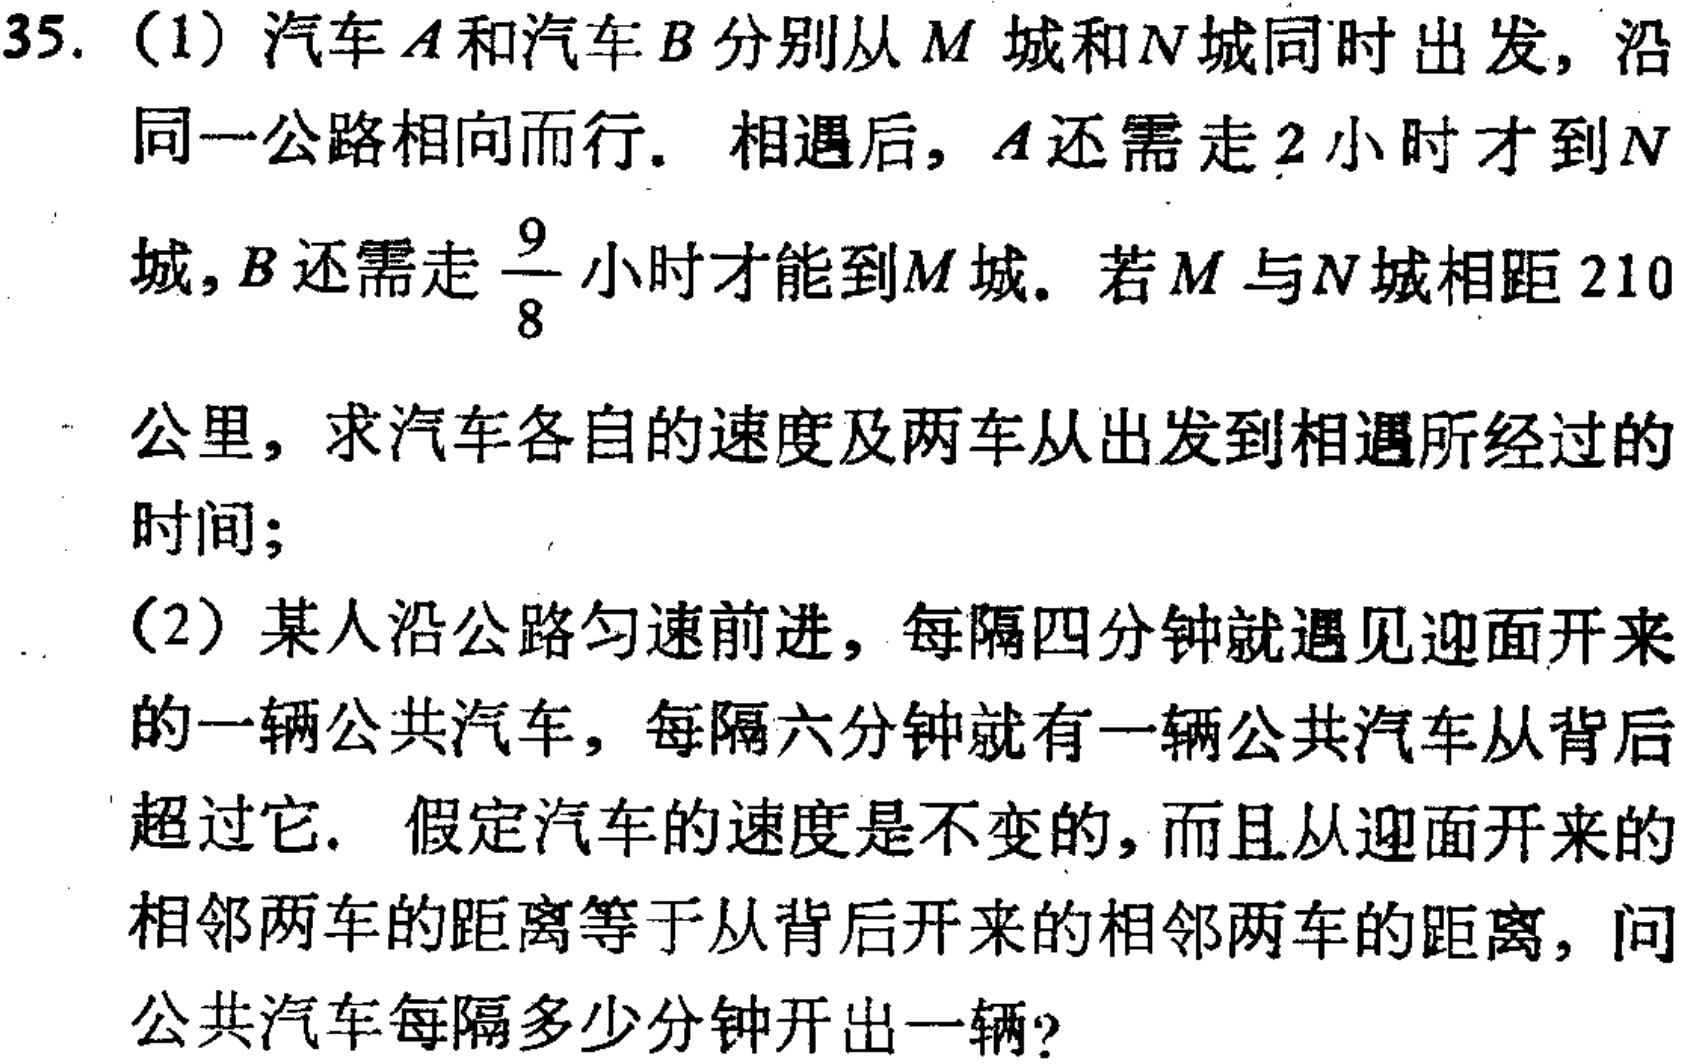
35. (1) 汽车\(A\)和汽车\(B\)分别从\(M\)城和\(N\)城同时出发，沿
同一公路相向而行. 相遇后，\(A\)还需走\(2\)小时才到\(N\)
城，\(B\)还需走\(\frac{9}{8}\)小时才能到\(M\)城. 若\(M\)与\(N\)城相距\(210\)
公里，求汽车各自的速度及两车从出发到相遇所经过的
时间；
(2) 某人沿公路匀速前进，每隔四分钟就遇见迎面开来
的一辆公共汽车，每隔六分钟就有一辆公共汽车从背后
超过它. 假定汽车的速度是不变的，而且从迎面开来的
相邻两车的距离等于从背后开来的相邻两车的距离，问
公共汽车每隔多少分钟开出一辆?